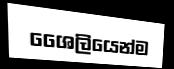
ශෛලියෙන්ම